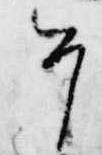
今